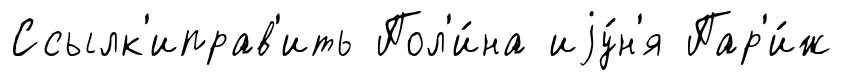
Ссылк'иправ'ить Пол'и́на иjу́н'я Пар'и́ж